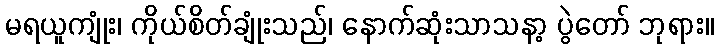
မရယူကျုံး၊ ကိုယ်စိတ်ချုံးသည်၊ နောက်ဆုံးသာသနာ့ ပွဲတော် ဘုရား။